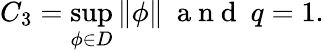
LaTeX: C_{3}=\operatorname*{sup}_{\phi\in D}\| \phi\| \ \mathrm{~a~n~d~}\ q=1.